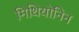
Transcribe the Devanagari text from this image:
मिथियोनिन